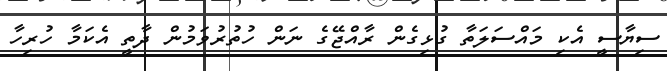
ސިޔާސީ އެކި މައްސަލަތާ ގުޅިގެން ރާއްޖޭގެ ނަން ހުތުރުވަމުން ދާތީ އެކަމާ ހުރިހާ